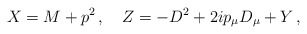
\begin{align*}X=M+p^2\,,\quad Z=-D^2+2ip_\mu D_\mu+Y\,,\end{align*}